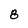
Character: 8